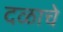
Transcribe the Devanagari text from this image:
दळाचे